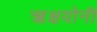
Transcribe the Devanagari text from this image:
ऋक्षयोनी